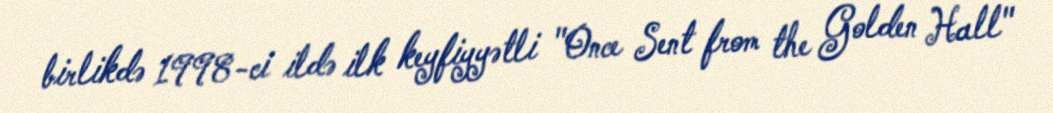
birlikdə 1998-ci ildə ilk keyfiyyətli "Once Sent from the Golden Hall"